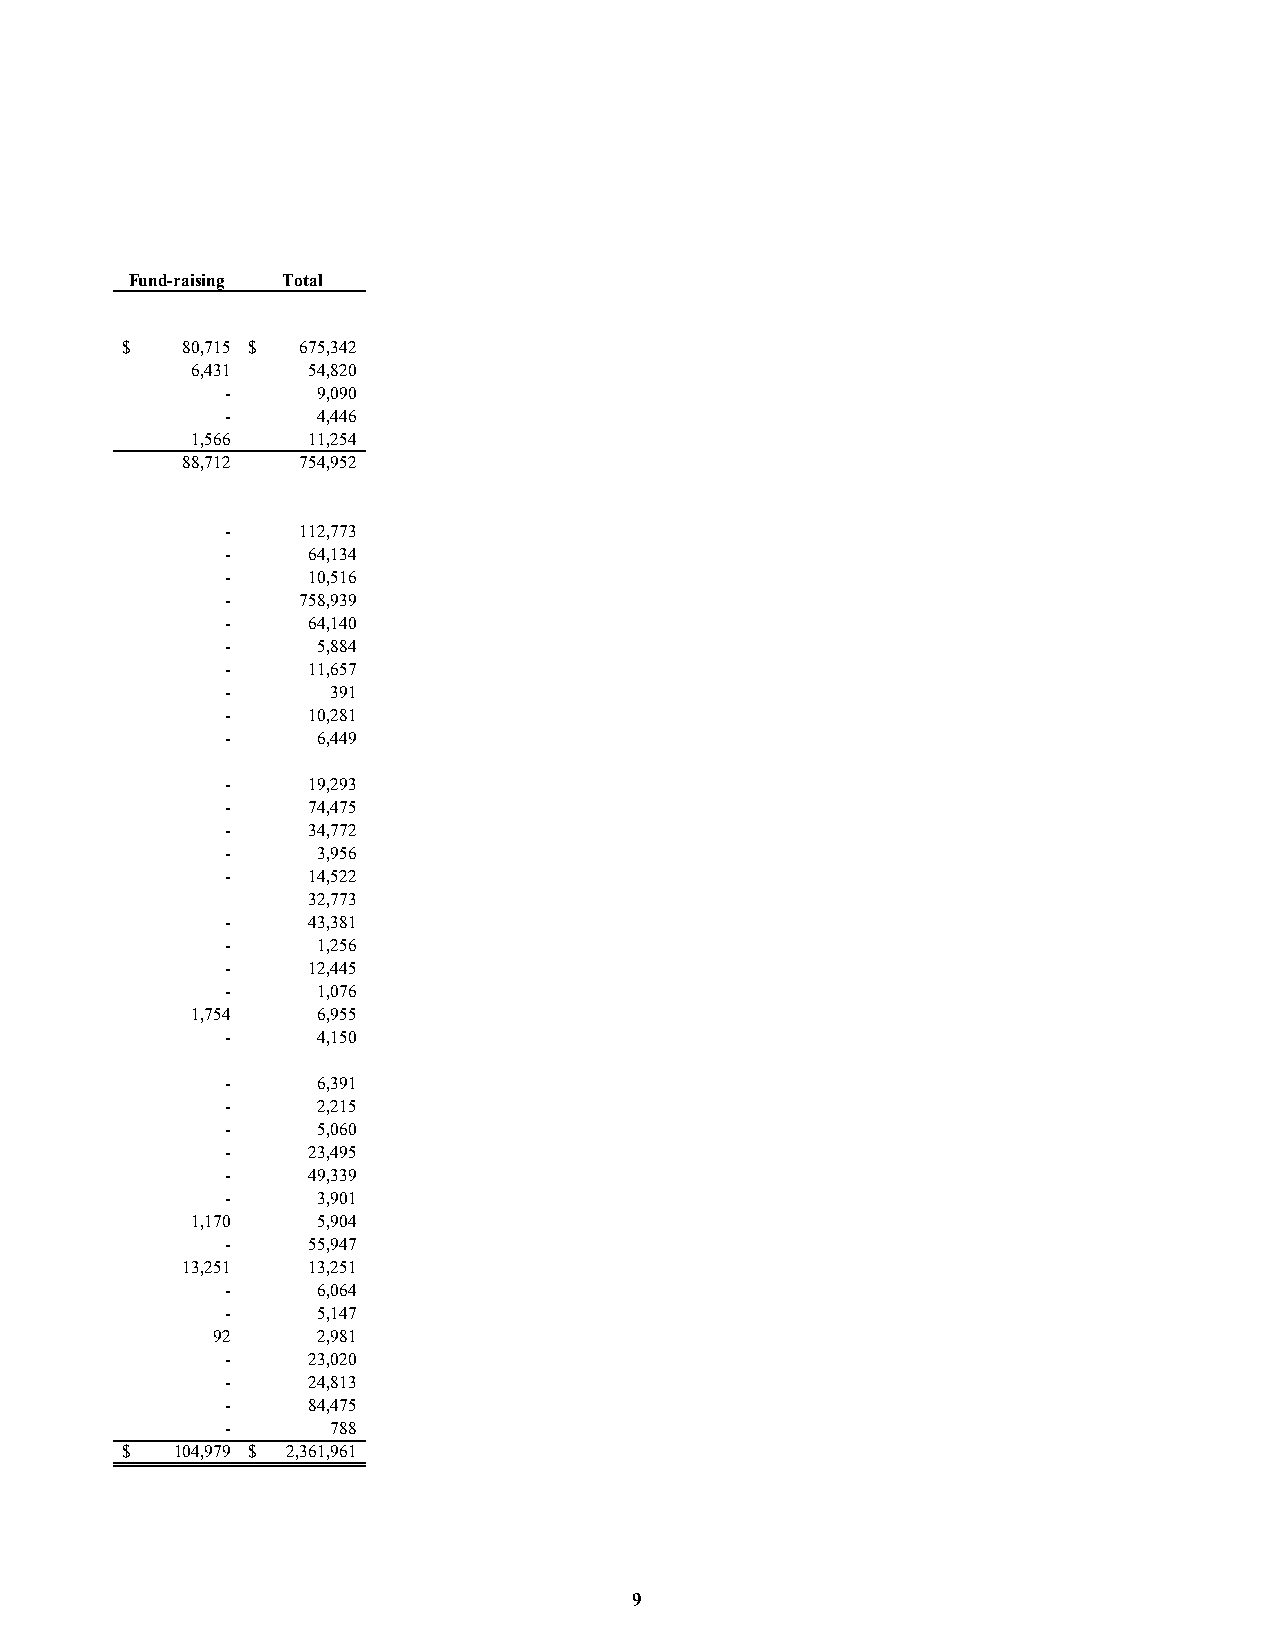
Fund-raising Total
 $   80,715 $ 675,342
 6,431  54,820
 -     9,090
 -     4,446
 1,566  11,254
 88,712  754,952
 -    112,773
 -    64,134
 -    10,516
 -    758,939
 -    64,140
 -     5,884
 -    11,657
 -      391
 -    10,281
 -     6,449
 -    19,293
 -    74,475
 -    34,772
 -     3,956
 -    14,522
 32,773
 -    43,381
 -     1,256
 -    12,445
 -     1,076
 1,754   6,955
 -     4,150
 -     6,391
 -     2,215
 -     5,060
 -    23,495
 -    49,339
 -     3,901
 1,170   5,904
 -    55,947
 13,251  13,251
 -     6,064
 -     5,147
 92     2,981
 -    23,020
 -    24,813
 -    84,475
 -      788
 $  104,979 $ 2,361,961
 9